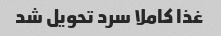
غذا کاملا سرد تحویل شد